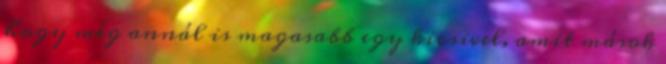
hogy még annál is magasabb egy kicsivel, amit mások